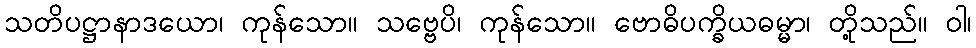
သတိပဋ္ဌာနာဒယော၊ ကုန်သော။ သဗ္ဗေပိ၊ ကုန်သော။ ဗောဓိပက္ခိယဓမ္မာ၊ တို့သည်။ ဝါ၊